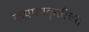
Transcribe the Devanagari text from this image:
कपाटाकृतीच्या